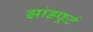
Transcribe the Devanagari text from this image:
झांडफूर्ट